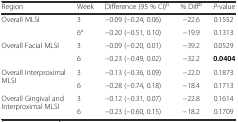
| Region | Week | Difference (95 % CI)b | % Diffb | P-value |
 | --- | --- | --- | --- | --- |
 | <ROWSPAN=2> Overall MLSI | 3 | −0.09 (−0.24, 0.06) | −22.6 | 0.1552 |
 | 6a | −0.20 (−0.51, 0.10) | −19.9 | 0.1313 |
 | <ROWSPAN=2> Overall Facial MLSI | 3 | −0.09 (−0.20, 0.01) | −39.2 | 0.0529 |
 | 6 | −0.23 (−0.49, 0.02) | −32.2 | 0.0404 |
 | <ROWSPAN=2> Overall Interproximal MLSI | 3 | −0.13 (−0.36, 0.09) | −22.0 | 0.1873 |
 | 6 | −0.28 (−0.74, 0.18) | −18.4 | 0.1713 |
 | <ROWSPAN=2> Overall Gingival and Interproximal MLSI | 3 | −0.12 (−0.31, 0.07) | −22.8 | 0.1614 |
 | 6 | −0.23 (−0.60, 0.15) | −18.2 | 0.1709 |